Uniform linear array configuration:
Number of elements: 24
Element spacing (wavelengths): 1
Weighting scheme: kaiser
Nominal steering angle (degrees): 15
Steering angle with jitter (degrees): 14.371
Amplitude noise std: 0.05
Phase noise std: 0.05

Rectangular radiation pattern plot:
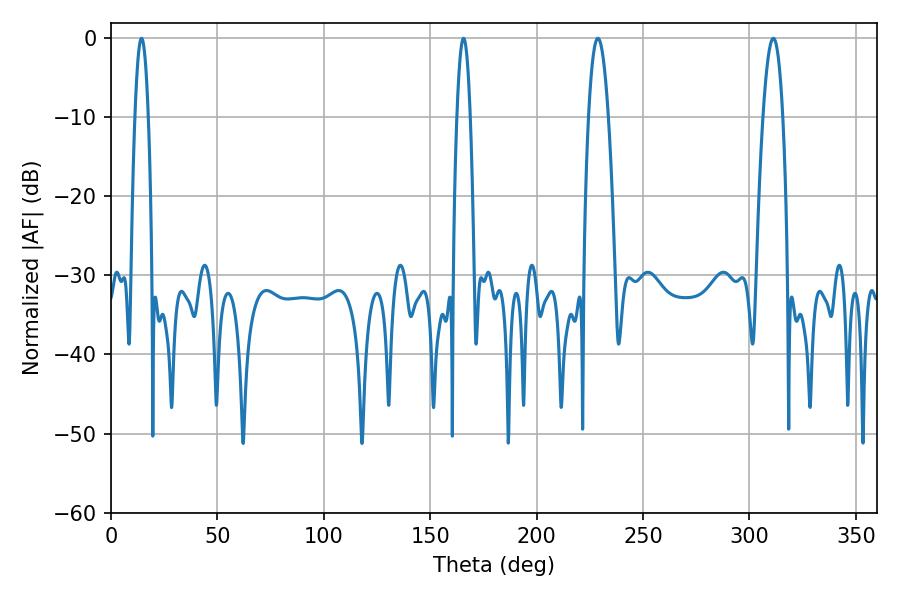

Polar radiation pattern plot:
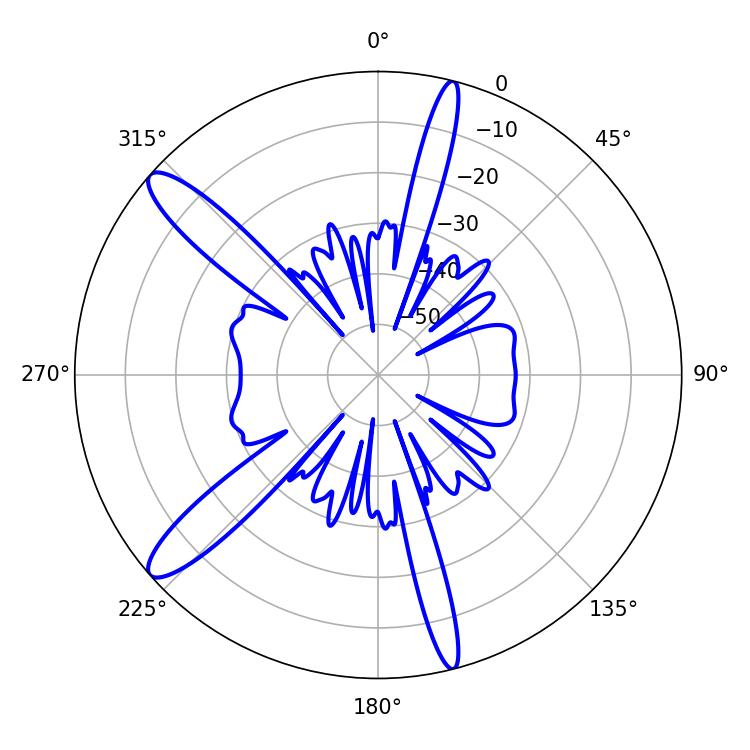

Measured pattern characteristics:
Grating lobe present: TRUE
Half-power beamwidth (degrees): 5.22
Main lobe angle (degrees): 228.78